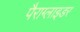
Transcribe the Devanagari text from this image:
पैराग्लाइडर